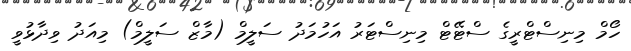
ހޯމް މިނިސްޓްރީގެ ސްޓޭޓް މިނިސްޓަރު އަހުމަދު ސަލީމް (މާޒް ސަލީމް) މިއަދު ވިދާޅުވީ